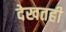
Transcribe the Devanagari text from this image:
देखतही